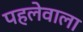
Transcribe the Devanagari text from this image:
पहलेवाला